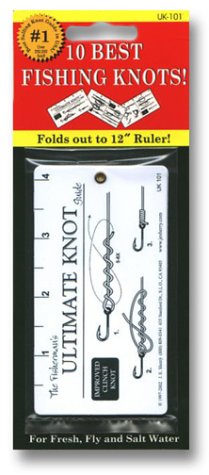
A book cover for Fisherman's Ultimate Knot Guide; John E. Sherry; Sports & Outdoors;